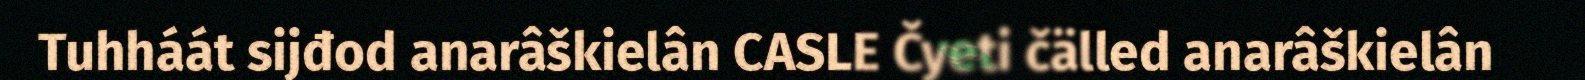
Tuhháát sijđod anarâškielân CASLE Čyeti čälled anarâškielân